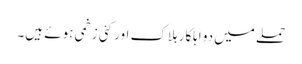
حملے میں دو اہلکار ہلاک اور کئی زخمی ہوئے ہیں۔